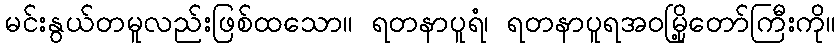
မင်းနွယ်တမူလည်းဖြစ်ထသော။ ရတနာပူရံ၊ ရတနာပူရအဝမြို့တော်ကြီးကို။